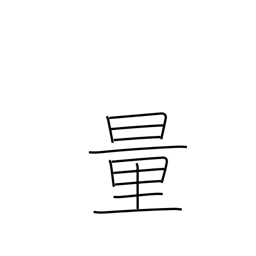
Meaning: surmise